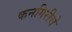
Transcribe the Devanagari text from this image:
कनगिरीचे